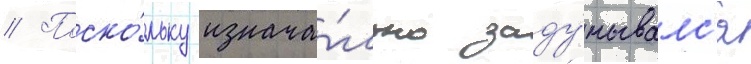
// Поско́льку изнача́льно заду́мывалс'я